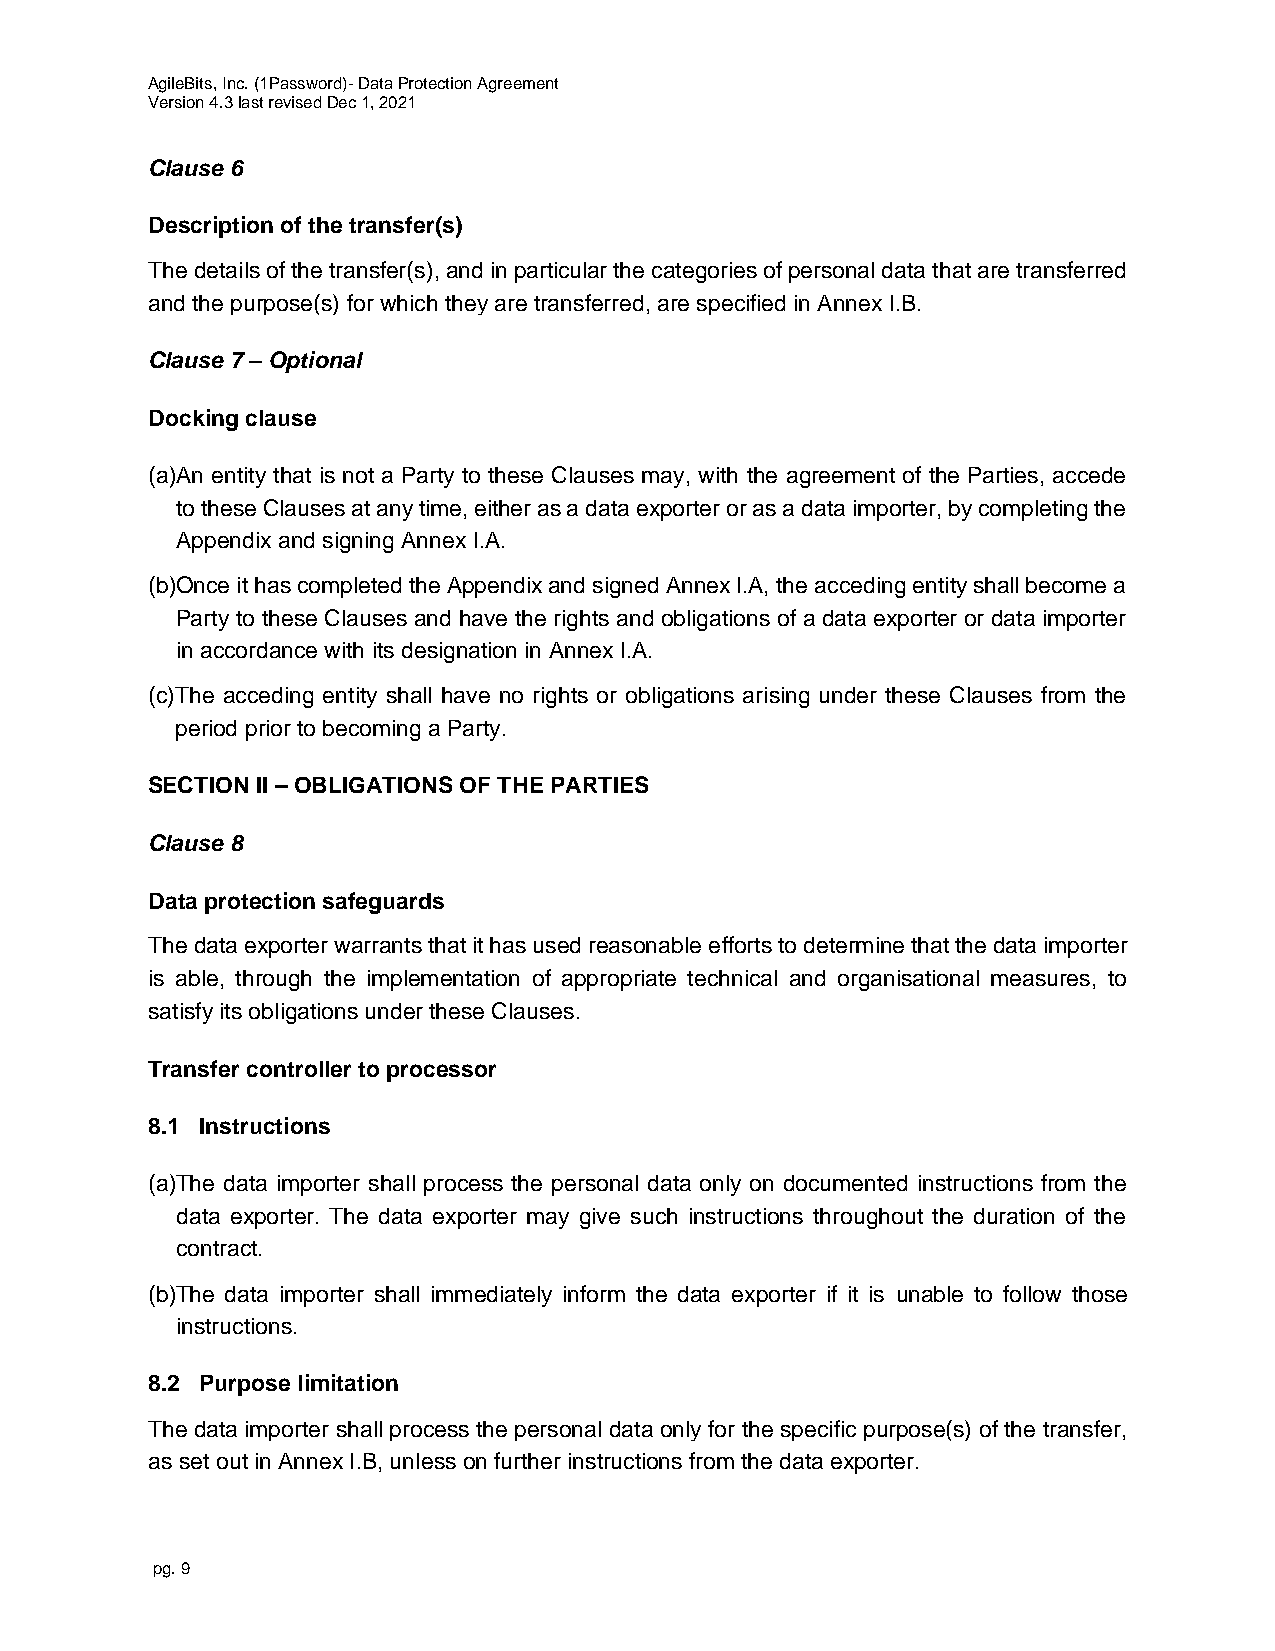
AgileBits, Inc. (1Password)- Data Protection Agreement
 Version 4.3 last revised Dec 1, 2021
 Clause 6
 Description of the transfer(s)
 The details of the transfer(s), and in particular the categories of personal data that are transferred
 and the purpose(s) for which they are transferred, are specified in Annex I.B.
 Clause 7 – Optional
 Docking clause
 (a)A n entity that is not a Party to these Clauses may, with the agreement of the Parties, accede
 to these Clauses at any time, either as a data exporter or as a data importer, by completing the
 Appendix and signing Annex I.A.
 (b)O nce it has completed the Appendix and signed Annex I.A, the acceding entity shall become a
 Party to these Clauses and have the rights and obligations of a data exporter or data importer
 in accordance with its designation in Annex I.A.
 (c) The acceding entity shall have no rights or obligations arising under these Clauses from the
 period prior to becoming a Party.
 SECTION II – OBLIGATIONS OF THE PARTIES
 Clause 8
 Data protection safeguards
 The data exporter warrants that it has used reasonable efforts to determine that the data importer
 is able, through the implementation of appropriate technical and organisational measures, to
 satisfy its obligations under these Clauses.
 Transfer controller to processor
 8.1 Instructions
 (a)T he data importer shall process the personal data only on documented instructions from the
 data exporter. The data exporter may give such instructions throughout the duration of the
 contract.
 (b)T he data importer shall immediately inform the data exporter if it is unable to follow those
 instructions.
 8.2 Purpose limitation
 The data importer shall process the personal data only for the specific purpose(s) of the transfer,
 as set out in Annex I.B, unless on further instructions from the data exporter.
 pg. 9